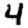
Digit: 4